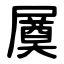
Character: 㞟